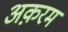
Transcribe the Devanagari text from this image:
अक़रम